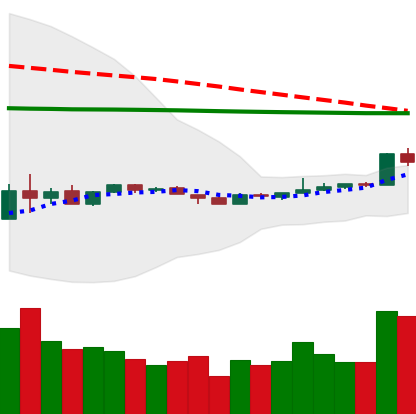
Ticker: EOS-USD
Chart end date: 2020-04-07
Forward return: -3.647%
Label: down_3_5